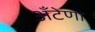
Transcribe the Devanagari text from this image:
अँटेणा